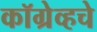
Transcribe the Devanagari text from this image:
कॉग्रेव्हचे